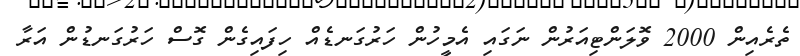
ތެރެއިން 2000 ވޮލަންޓިއަރުން ނަގައި އެމީހުން ހަރުގަނޑެއް ހިފައިގެން ގޮސް ހަރުގަނޑުން އަރާ